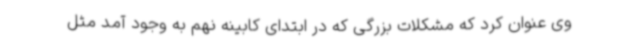
وی عنوان کرد که مشکلات بزرگی که در ابتدای کابینه نهم به وجود آمد مثل